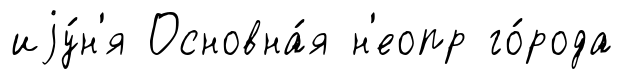
иjу́н'я Основна́я н'еопр го́рода